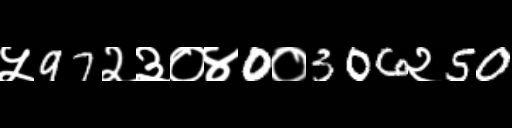
Text: ५97२३०४0०306२50